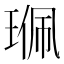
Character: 𤦍